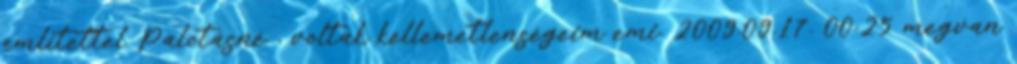
említettel Palotásné , voltak kellemetlenségeim emi. 2009.09.17. 00:25 megvan